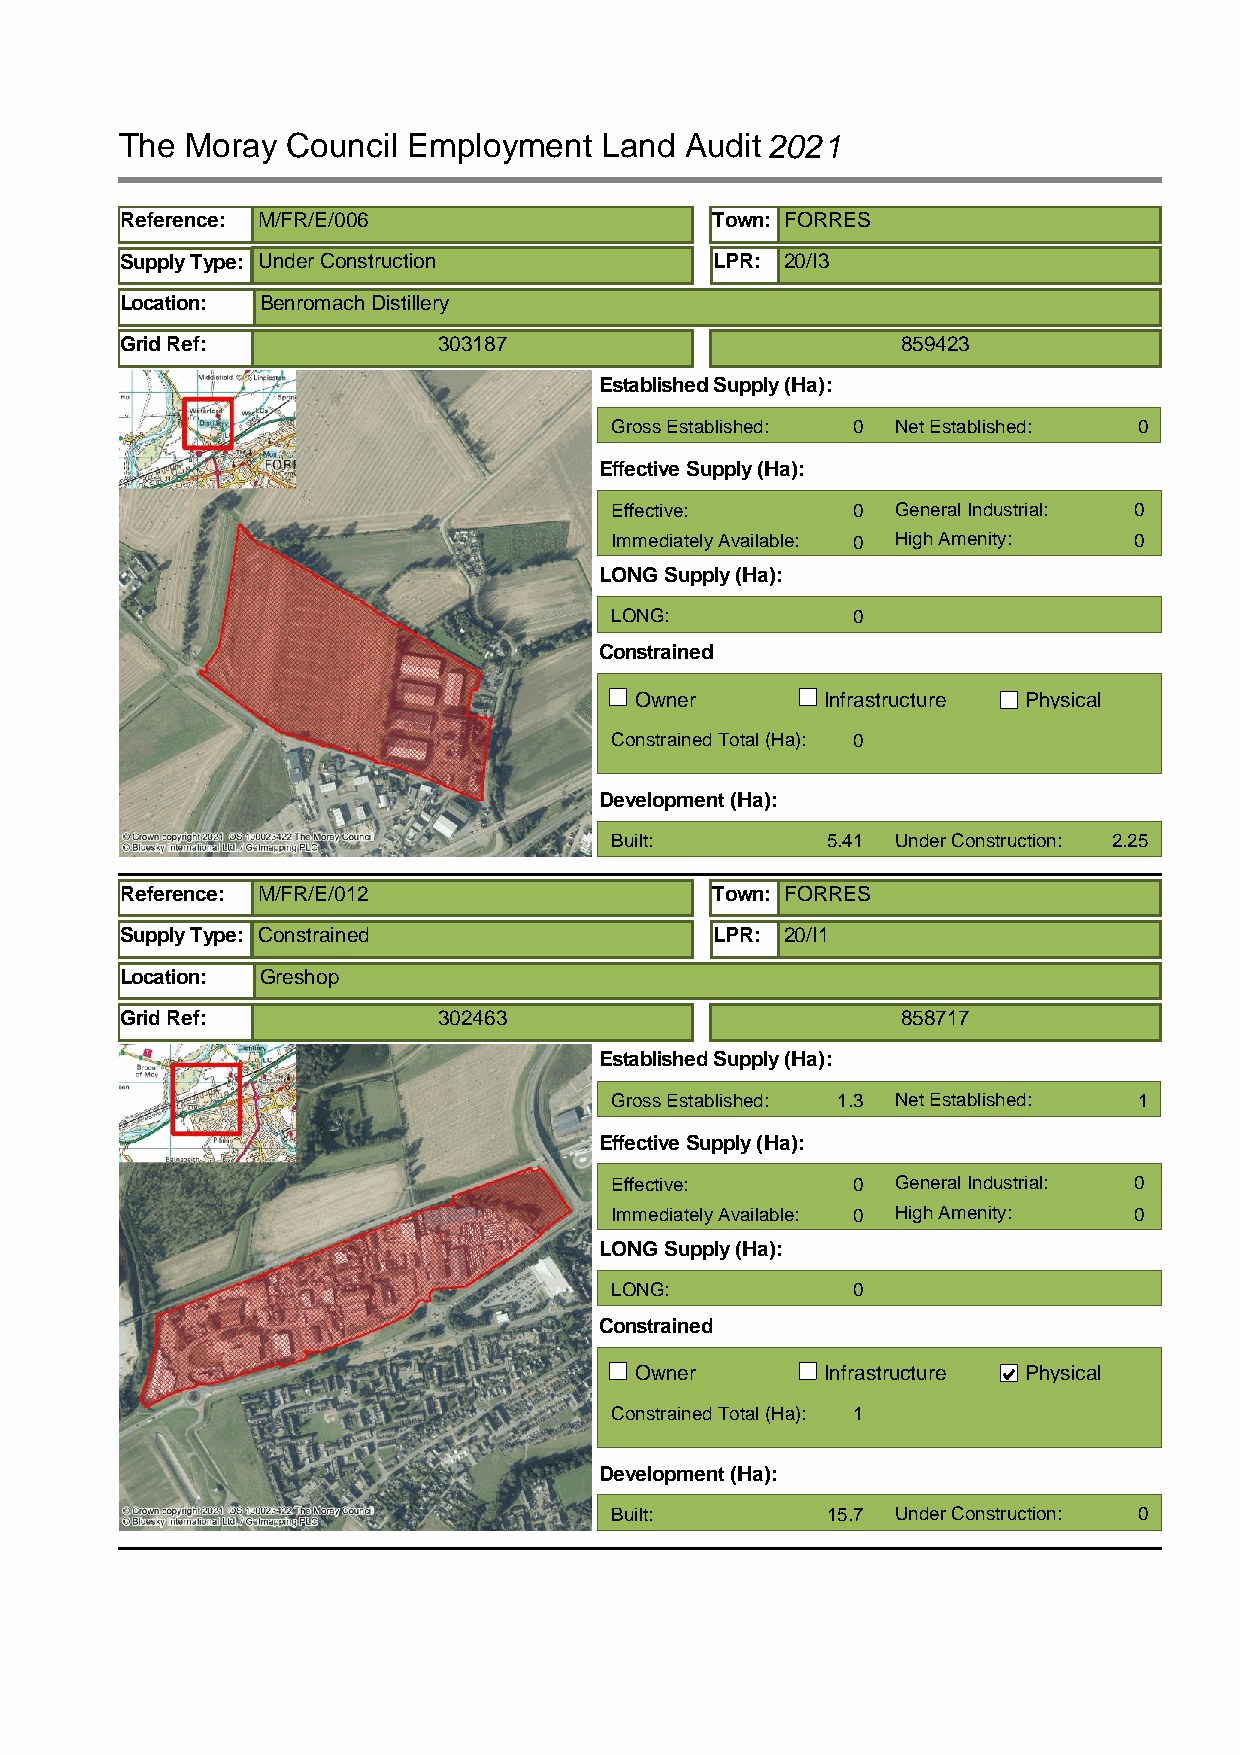
The Moray  Council Employment   Land Audit2021
 Reference: M/FR/E/006                  Town: FORRES
 Supply Type: Under Construction        LPR: 20/I3
 Location: Benromach Distillery
 Grid Ref:            303187                         859423
 Established Supply (Ha):
 Gross Established: 0 Net Established: 0
 Effective Supply (Ha):
 Effective:      0  General Industrial: 0
 Immediately Available: 0 High Amenity: 0
 LONG Supply (Ha):
 LONG:           0
 Constrained
 Owner        Infrastructure Physical
 Constrained Total (Ha): 0
 Development (Ha):
 Built:         5.41 Under Construction: 2.25
 Reference: M/FR/E/012                  Town: FORRES
 Supply Type: Constrained               LPR: 20/I1
 Location: Greshop
 Grid Ref:            302463                         858717
 Established Supply (Ha):
 Gross Established: 1.3 Net Established: 1
 Effective Supply (Ha):
 Effective:      0  General Industrial: 0
 Immediately Available: 0 High Amenity: 0
 LONG Supply (Ha):
 LONG:           0
 Constrained
 Owner        Infrastructure Physical
 Constrained Total (Ha): 1
 Development (Ha):
 Built:         15.7 Under Construction: 0